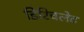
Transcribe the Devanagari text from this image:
डिरिचलेट